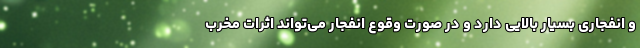
و انفجاری بسیار بالایی دارد و در صورت وقوع انفجار می‌تواند اثرات مخرب